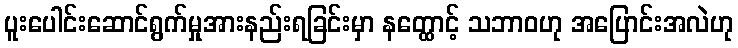
ပူးပေါင်းဆောင်ရွက်မှုအားနည်းရခြင်းမှာ နတ္ထောင့် သဘာဝဟု အပြောင်းအလဲဟု